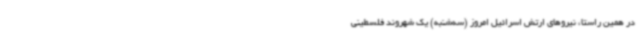
در همین راستا، نیروهای ارتش اسرائیل امروز (سه‌شنبه) یک شهروند فلسطینی